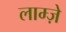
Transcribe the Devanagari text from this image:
लाम्ज़े